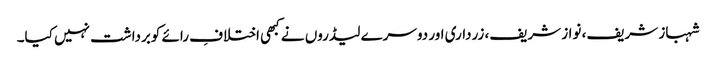
شہباز شریف، نواز شریف، زرداری اور دوسرے لیڈروں نے کبھی اختلافِ رائے کوبرداشت نہیں کیا۔